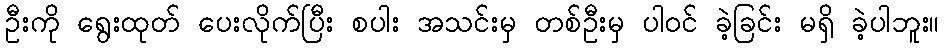
ဦးကို ရွေးထုတ် ပေးလိုက်ပြီး စပါး အသင်းမှ တစ်ဦးမှ ပါဝင် ခဲ့ခြင်း မရှိ ခဲ့ပါဘူး။